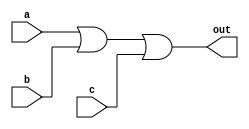
module three_inputs_gate (
    a,b,c,out
);
    input wire a;
    input wire b;
    input wire c;
    output wire out;

    assign out = a | b |c;
    
endmodule